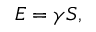
E = \gamma S ,